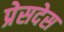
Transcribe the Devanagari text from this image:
प्रेसदेस